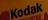
kodak